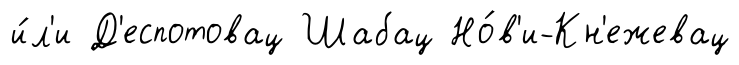
и́л'и Д'еспотовац Шабац Но́в'и-Кн'ежевац